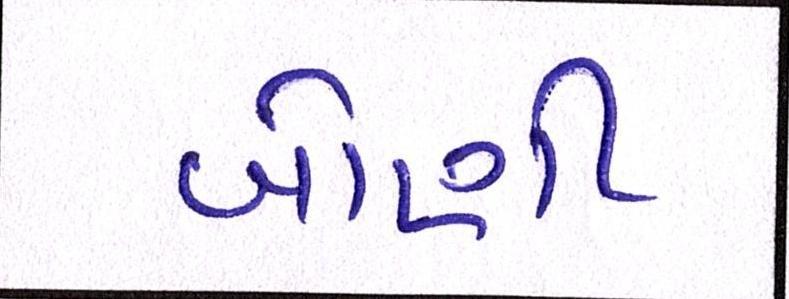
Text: બોણી